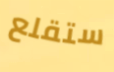
ستقلع